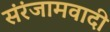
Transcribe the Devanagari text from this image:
संरंजामवादी